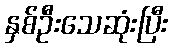
နှစ်ဦးသေဆုံးပြီး